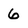
Character: 6